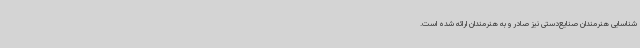
شناسایی هنرمندان صنایع‌دستی نیز صادر و به هنرمندان ارائه شده است.